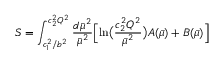
S = \int _ { c _ { 1 } ^ { 2 } / b ^ { 2 } } ^ { c _ { 2 } ^ { 2 } Q ^ { 2 } } { \frac { d \bar { \mu } ^ { 2 } } { \bar { \mu } ^ { 2 } } } \Bigl [ \ln \bigl ( { \frac { c _ { 2 } ^ { 2 } Q ^ { 2 } } { \bar { \mu } ^ { 2 } } } \bigr ) A ( \bar { \mu } ) + B ( \bar { \mu } ) \Bigr ] \;